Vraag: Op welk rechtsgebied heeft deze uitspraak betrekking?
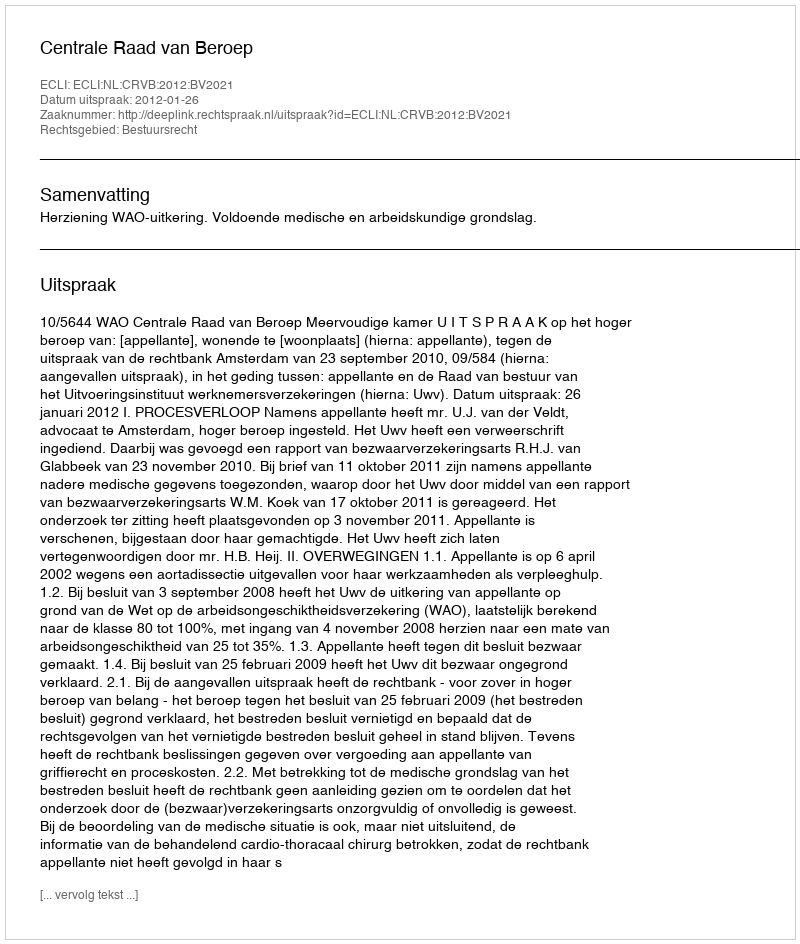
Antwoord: Bestuursrecht